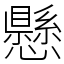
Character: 懸